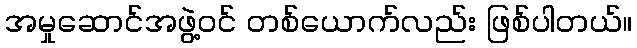
အမှုဆောင်အဖွဲ့ဝင် တစ်ယောက်လည်း ဖြစ်ပါတယ်။